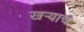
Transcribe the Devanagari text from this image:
खऱ्याच